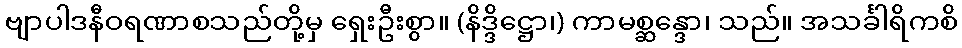
ဗျာပါဒနီဝရဏာစသည်တို့မှ ရှေးဦးစွာ။ (နိဒ္ဒိဋ္ဌော၊) ကာမစ္ဆန္ဒော၊ သည်။ အသင်္ခါရိကစိ